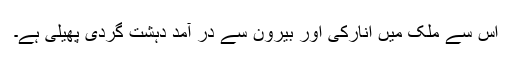
اس سے ملک میں انارکی اور بیرون سے در آمد دہشت گردی پھیلی ہے۔